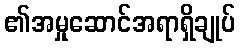
၏အမှုဆောင်အရာရှိချုပ်